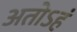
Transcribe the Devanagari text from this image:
अतोऽहं